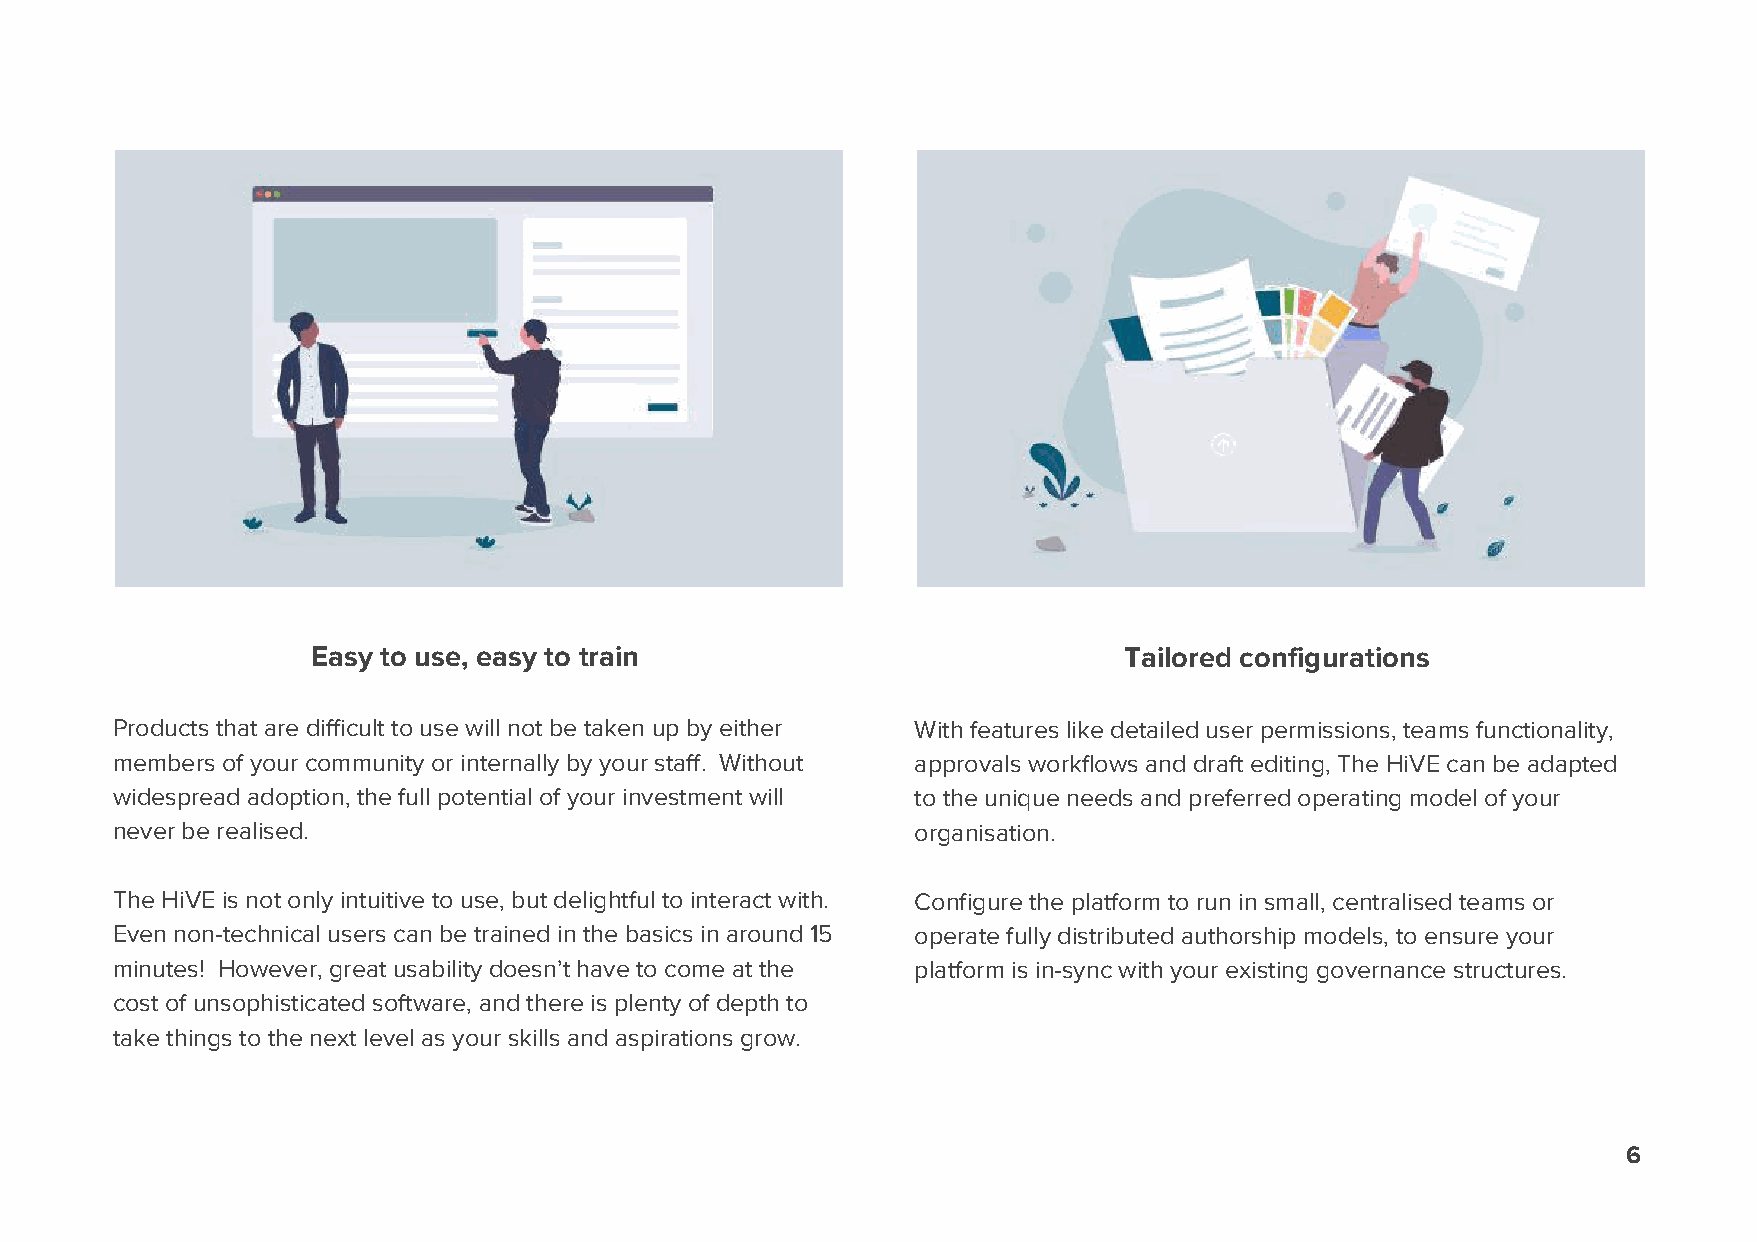
Easy to use, easy to train                           Tailored configurations
 Products that are difficult to use will not be taken up by either With features like detailed user permissions, teams functionality,
 members of your community or internally by your staff. Without approvals workflows and draft editing, The HiVE can be adapted
 widespread adoption, the full potential of your investment will to the unique needs and preferred operating model of your
 never be realised.                                    organisation.
 The HiVE is not only intuitive to use, but delightful to interact with. Configure the platform to run in small, centralised teams or
 Even non-technical users can be trained in the basics in around 15 operate fully distributed authorship models, to ensure your
 minutes! However, great usability doesn’t have to come at the platform is in-sync with your existing governance structures.
 cost of unsophisticated software, and there is plenty of depth to
 take things to the next level as your skills and aspirations grow.
 6